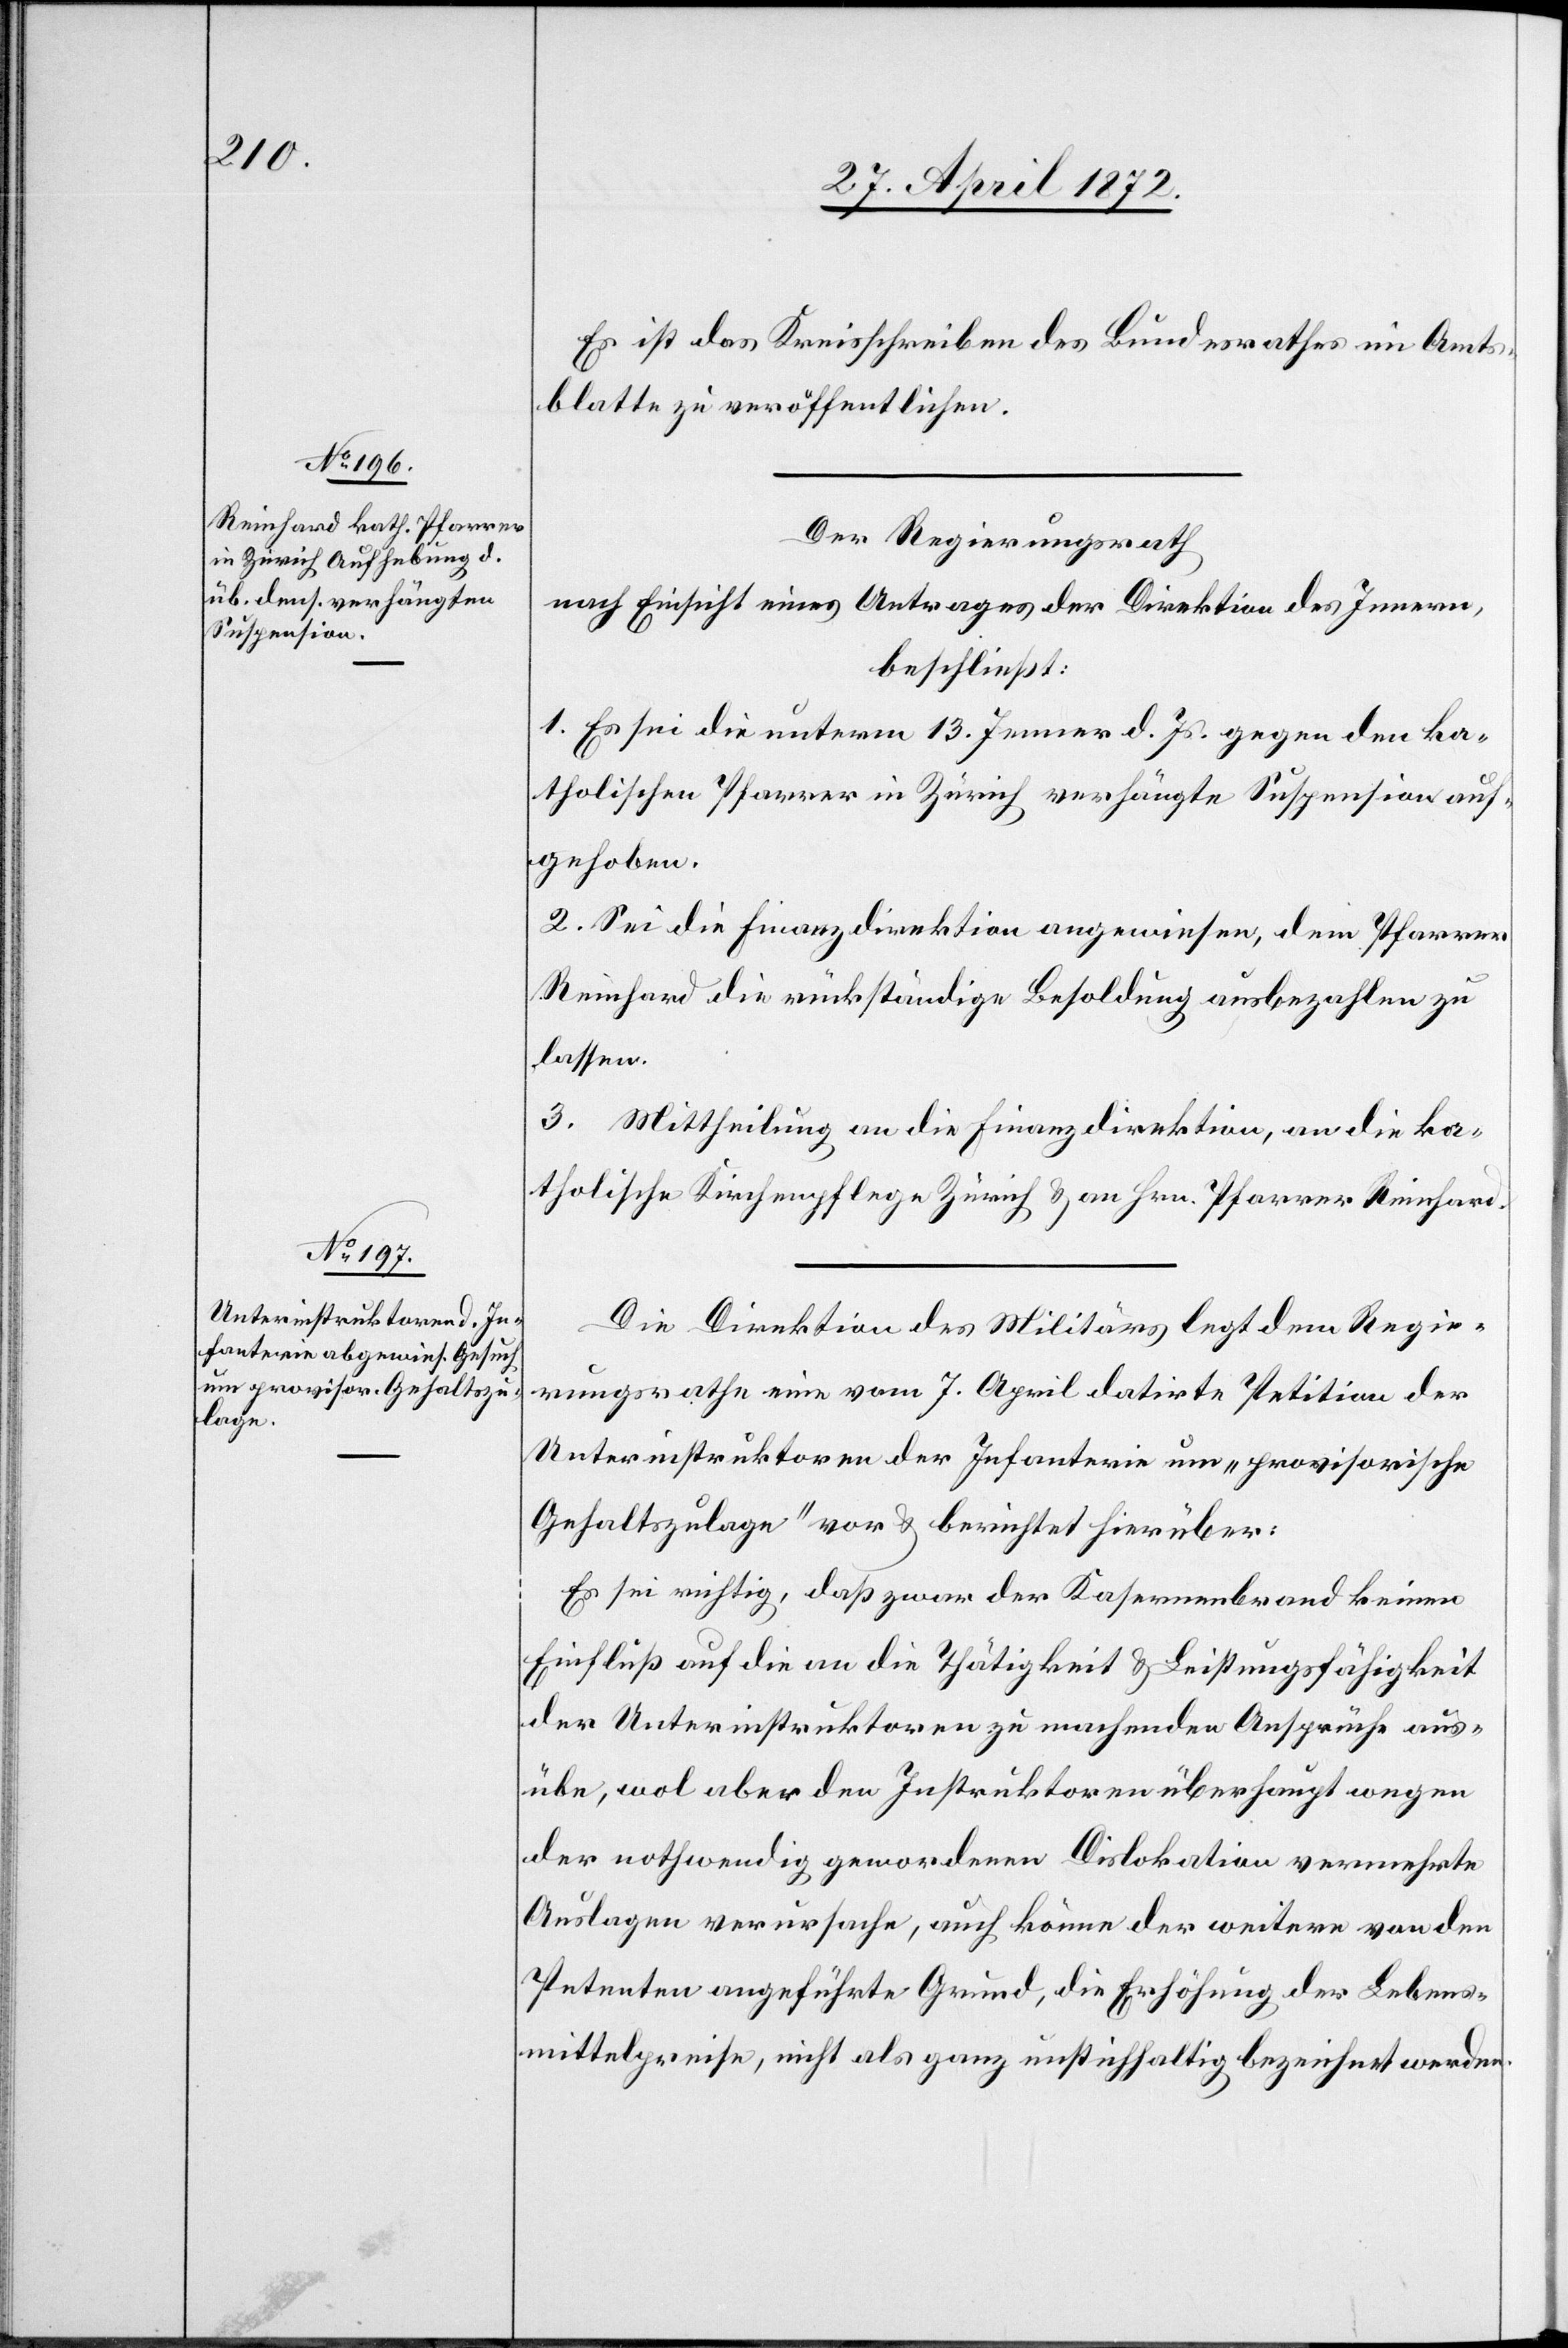
Es ist das Kreisschreiben des Bundesrathes im Amts¬
blatte zu veröffentlichen.
Der Regierungsrath[,]
nach Einsicht eines Antrages der Direktion des Innern,
beschließt:
1. Es sei die unterm 13. Jenner d. Js. gegen den ka¬
tholischen Pfarrer in Zürich verhängte Suspension auf¬
gehoben.
2. Sei die Finanzdirektion angewiesen, dem Pfarrer
Reinhard die rückständige Besoldung ausbezahlen zu
lassen.
3. Mittheilung an die Finanzdirektion, an die ka¬
tholische Kirchenpflege Zürich u. an Hrn. Pfarrer Reinhard.
Die Direktion des Militärs legt dem Regie¬
rungsrathe eine vom 7. April datirte Petition der
Unterinstruktoren der Infanterie um „provisorische
Gehaltszulage“ vor u. berichtet hierüber:
Es sei richtig, daß zwar der Kasernenbrand keinen
Einfluß auf die an die Thätigkeit u. Leistungsfähigkeit
der Unterinstruktoren zu machenden Ansprüche aus¬
übe, wol aber den Instruktoren überhaupt wegen
der nothwendig gewordenen Dislokation vermehrte
Auslagen verursache, auch könne der weitere von den
Petenten ausgeführte Grund, die Erhöhung der Lebens¬
mittelpreise, nicht als ganz unstichhaltig bezeichnet werden.